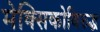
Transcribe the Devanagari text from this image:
मेक्सिकोविरुद्ध